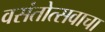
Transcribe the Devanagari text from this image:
वसंतोत्सवाचा